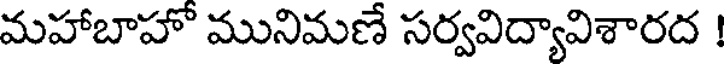
మహాబాహో మునిమణే సర్వవిద్యావిశారద !